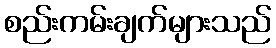
စည်းကမ်းချက်များသည်